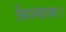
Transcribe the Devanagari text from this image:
बिस्वासा।